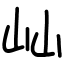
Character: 屾